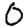
Digit: 0